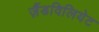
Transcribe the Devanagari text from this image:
ज़ैंडविलियेट